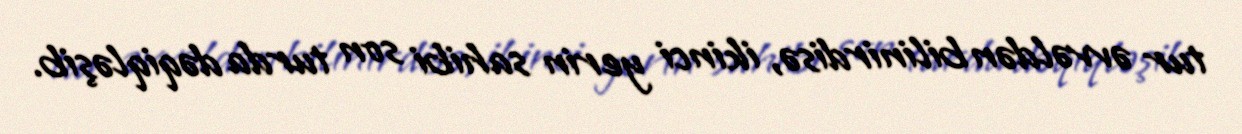
tur əvvəldən bilinirdisə, ikinci yerin sahibi son turda dəqiqləşib.